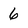
Character: 6